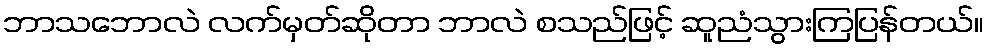
ဘာသဘောလဲ လက်မှတ်ဆိုတာ ဘာလဲ စသည်ဖြင့် ဆူညံသွားကြပြန်တယ်။